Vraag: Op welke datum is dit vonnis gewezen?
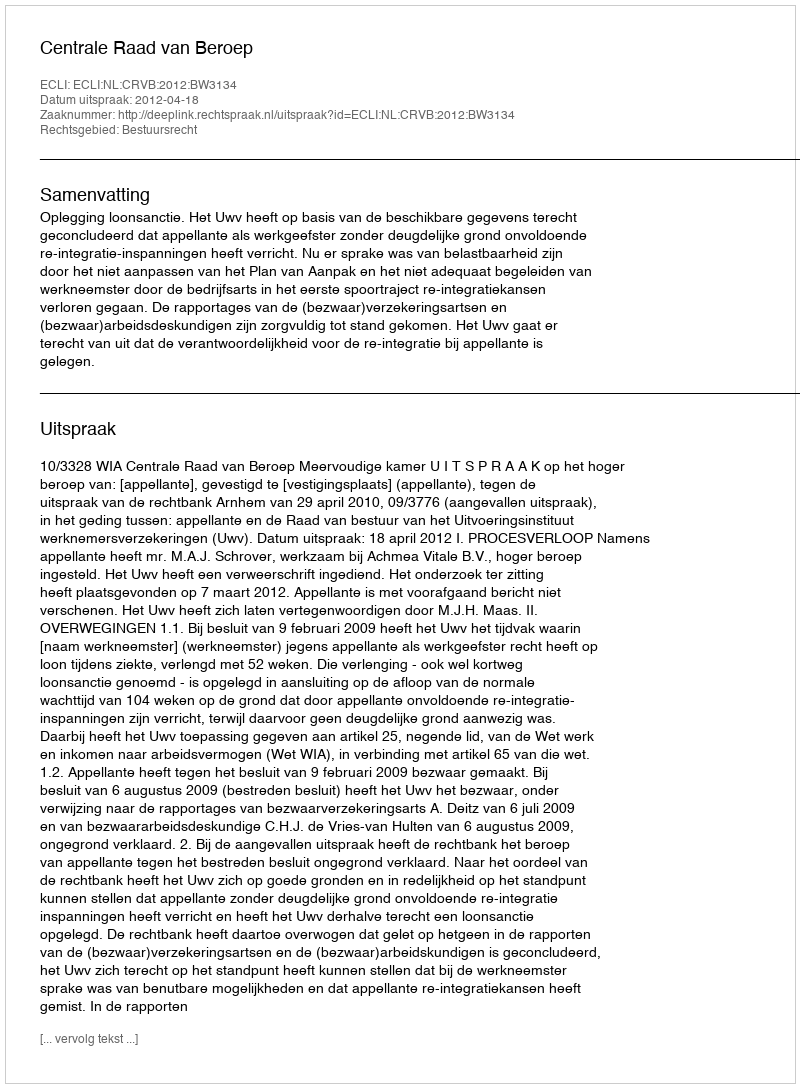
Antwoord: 2012-04-18